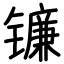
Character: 镰